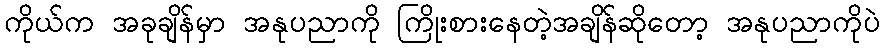
ကိုယ်က အခုချိန်မှာ အနုပညာကို ကြိုးစားနေတဲ့အချိန်ဆိုတော့ အနုပညာကိုပဲ